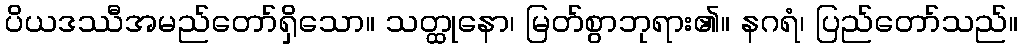
ပိယဒဿီအမည်တော်ရှိသော။ သတ္ထုနော၊ မြတ်စွာဘုရား၏။ နဂရံ၊ ပြည်တော်သည်။